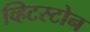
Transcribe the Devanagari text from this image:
व्हिटस्टोन